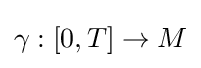
\gamma :\left[0,T\right]\rightarrow M